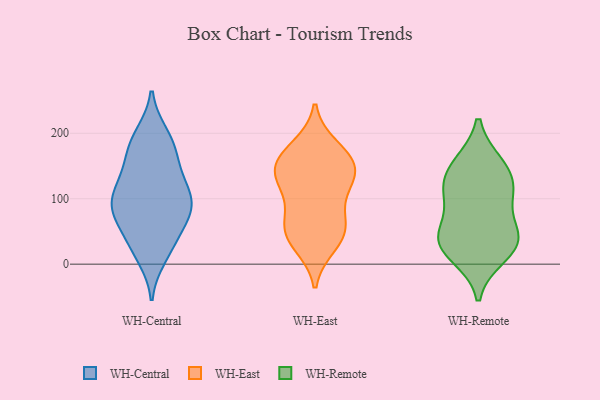
{"axis": {"x": "Satisfaction Score", "y": "Value"}, "legend": ["WH-Central", "WH-East", "WH-Remote"], "data": [{"x": "", "y": 94, "type": "WH-Central"}, {"x": "", "y": 73, "type": "WH-Central"}, {"x": "", "y": 134, "type": "WH-Central"}, {"x": "", "y": 40, "type": "WH-Central"}, {"x": "", "y": 167, "type": "WH-Central"}, {"x": "", "y": 197, "type": "WH-Central"}, {"x": "", "y": 19, "type": "WH-Central"}, {"x": "", "y": 100, "type": "WH-Central"}, {"x": "", "y": 78, "type": "WH-Central"}, {"x": "", "y": 129, "type": "WH-Central"}, {"x": "", "y": 80, "type": "WH-Central"}, {"x": "", "y": 91, "type": "WH-Central"}, {"x": "", "y": 11, "type": "WH-Central"}, {"x": "", "y": 168, "type": "WH-Central"}, {"x": "", "y": 176, "type": "WH-Central"}, {"x": "", "y": 36, "type": "WH-Central"}, {"x": "", "y": 198, "type": "WH-Central"}, {"x": "", "y": 107, "type": "WH-Central"}, {"x": "", "y": 121, "type": "WH-Central"}, {"x": "", "y": 73, "type": "WH-Central"}, {"x": "", "y": 63, "type": "WH-East"}, {"x": "", "y": 138, "type": "WH-East"}, {"x": "", "y": 159, "type": "WH-East"}, {"x": "", "y": 125, "type": "WH-East"}, {"x": "", "y": 132, "type": "WH-East"}, {"x": "", "y": 40, "type": "WH-East"}, {"x": "", "y": 63, "type": "WH-East"}, {"x": "", "y": 178, "type": "WH-East"}, {"x": "", "y": 165, "type": "WH-East"}, {"x": "", "y": 30, "type": "WH-East"}, {"x": "", "y": 108, "type": "WH-East"}, {"x": "", "y": 152, "type": "WH-East"}, {"x": "", "y": 52, "type": "WH-East"}, {"x": "", "y": 150, "type": "WH-Remote"}, {"x": "", "y": 44, "type": "WH-Remote"}, {"x": "", "y": 118, "type": "WH-Remote"}, {"x": "", "y": 152, "type": "WH-Remote"}, {"x": "", "y": 14, "type": "WH-Remote"}, {"x": "", "y": 32, "type": "WH-Remote"}, {"x": "", "y": 103, "type": "WH-Remote"}, {"x": "", "y": 39, "type": "WH-Remote"}, {"x": "", "y": 40, "type": "WH-Remote"}, {"x": "", "y": 111, "type": "WH-Remote"}]}